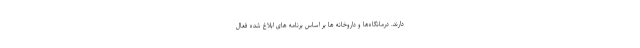
دارند. درمانگاه‌ها و داروخانه ها بر اساس برنامه های ابلاغ شده فعال